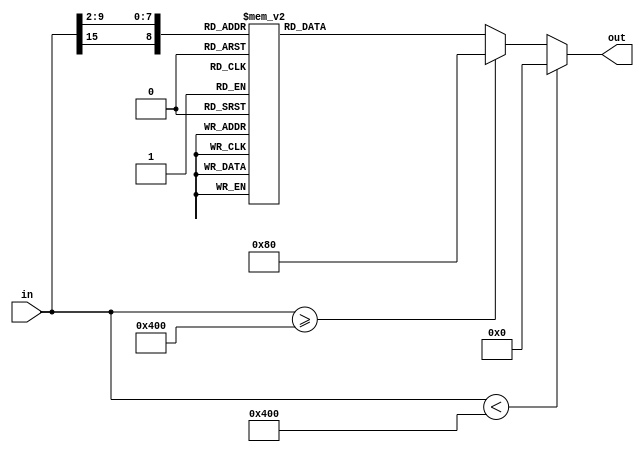
// This program was cloned from: https://github.com/VeriGOOD-ML/public
// License: Apache License 2.0

`timescale 1ns/1ps
module sigmoid(
	in,
	out
);

	parameter dataLen = 16;
	parameter indexLen = 9;
	parameter fracLen = 7;

	input signed [dataLen - 1 : 0] in;
	output reg [dataLen - 1 : 0] out;
	reg [indexLen - 1 :0] index;

	always @(in)
	begin
		out = 0;
		if (in < -(8 << 7)) begin
			out = 0;
		end else if (in >= (8 << 7)) begin
			out = 1 << 7;
		end else begin
		index[8]	= in[15];
		index[7:5]	= in[9:7];
		index[4:0]	= in[6:2];
		case(index)
			9'd256: out = 16'b0000000000000000; // input=-8.0, output=0.000335350130466
			9'd257: out = 16'b0000000000000000; // input=-7.96875, output=0.000345991603178
			9'd258: out = 16'b0000000000000000; // input=-7.9375, output=0.000356970635038
			9'd259: out = 16'b0000000000000000; // input=-7.90625, output=0.000368297926016
			9'd260: out = 16'b0000000000000000; // input=-7.875, output=0.000379984514752
			9'd261: out = 16'b0000000000000000; // input=-7.84375, output=0.000392041789238
			9'd262: out = 16'b0000000000000000; // input=-7.8125, output=0.000404481497842
			9'd263: out = 16'b0000000000000000; // input=-7.78125, output=0.000417315760678
			9'd264: out = 16'b0000000000000000; // input=-7.75, output=0.000430557081325
			9'd265: out = 16'b0000000000000000; // input=-7.71875, output=0.000444218358921
			9'd266: out = 16'b0000000000000000; // input=-7.6875, output=0.000458312900635
			9'd267: out = 16'b0000000000000000; // input=-7.65625, output=0.00047285443452
			9'd268: out = 16'b0000000000000000; // input=-7.625, output=0.000487857122782
			9'd269: out = 16'b0000000000000000; // input=-7.59375, output=0.000503335575453
			9'd270: out = 16'b0000000000000000; // input=-7.5625, output=0.000519304864495
			9'd271: out = 16'b0000000000000000; // input=-7.53125, output=0.000535780538347
			9'd272: out = 16'b0000000000000000; // input=-7.5, output=0.000552778636924
			9'd273: out = 16'b0000000000000000; // input=-7.46875, output=0.000570315707078
			9'd274: out = 16'b0000000000000000; // input=-7.4375, output=0.000588408818557
			9'd275: out = 16'b0000000000000000; // input=-7.40625, output=0.000607075580442
			9'd276: out = 16'b0000000000000000; // input=-7.375, output=0.000626334158109
			9'd277: out = 16'b0000000000000000; // input=-7.34375, output=0.00064620329072
			9'd278: out = 16'b0000000000000000; // input=-7.3125, output=0.000666702309244
			9'd279: out = 16'b0000000000000000; // input=-7.28125, output=0.000687851155055
			9'd280: out = 16'b0000000000000000; // input=-7.25, output=0.000709670399101
			9'd281: out = 16'b0000000000000000; // input=-7.21875, output=0.000732181261661
			9'd282: out = 16'b0000000000000000; // input=-7.1875, output=0.00075540563273
			9'd283: out = 16'b0000000000000000; // input=-7.15625, output=0.000779366093021
			9'd284: out = 16'b0000000000000000; // input=-7.125, output=0.000804085935629
			9'd285: out = 16'b0000000000000000; // input=-7.09375, output=0.000829589188359
			9'd286: out = 16'b0000000000000000; // input=-7.0625, output=0.000855900636745
			9'd287: out = 16'b0000000000000000; // input=-7.03125, output=0.000883045847785
			9'd288: out = 16'b0000000000000000; // input=-7.0, output=0.000911051194401
			9'd289: out = 16'b0000000000000000; // input=-6.96875, output=0.000939943880663
			9'd290: out = 16'b0000000000000000; // input=-6.9375, output=0.000969751967783
			9'd291: out = 16'b0000000000000000; // input=-6.90625, output=0.00100050440091
			9'd292: out = 16'b0000000000000000; // input=-6.875, output=0.00103223103675
			9'd293: out = 16'b0000000000000000; // input=-6.84375, output=0.00106496267206
			9'd294: out = 16'b0000000000000000; // input=-6.8125, output=0.00109873107292
			9'd295: out = 16'b0000000000000000; // input=-6.78125, output=0.00113356900509
			9'd296: out = 16'b0000000000000000; // input=-6.75, output=0.00116951026506
			9'd297: out = 16'b0000000000000000; // input=-6.71875, output=0.00120658971225
			9'd298: out = 16'b0000000000000000; // input=-6.6875, output=0.00124484330209
			9'd299: out = 16'b0000000000000000; // input=-6.65625, output=0.00128430812013
			9'd300: out = 16'b0000000000000000; // input=-6.625, output=0.00132502241721
			9'd301: out = 16'b0000000000000000; // input=-6.59375, output=0.00136702564566
			9'd302: out = 16'b0000000000000000; // input=-6.5625, output=0.00141035849662
			9'd303: out = 16'b0000000000000000; // input=-6.53125, output=0.00145506293853
			9'd304: out = 16'b0000000000000000; // input=-6.5, output=0.00150118225674
			9'd305: out = 16'b0000000000000000; // input=-6.46875, output=0.00154876109429
			9'd306: out = 16'b0000000000000000; // input=-6.4375, output=0.00159784549402
			9'd307: out = 16'b0000000000000000; // input=-6.40625, output=0.00164848294185
			9'd308: out = 16'b0000000000000000; // input=-6.375, output=0.00170072241144
			9'd309: out = 16'b0000000000000000; // input=-6.34375, output=0.0017546144101
			9'd310: out = 16'b0000000000000000; // input=-6.3125, output=0.0018102110262
			9'd311: out = 16'b0000000000000000; // input=-6.28125, output=0.00186756597789
			9'd312: out = 16'b0000000000000000; // input=-6.25, output=0.00192673466333
			9'd313: out = 16'b0000000000000000; // input=-6.21875, output=0.00198777421238
			9'd314: out = 16'b0000000000000000; // input=-6.1875, output=0.00205074353992
			9'd315: out = 16'b0000000000000000; // input=-6.15625, output=0.00211570340059
			9'd316: out = 16'b0000000000000000; // input=-6.125, output=0.00218271644535
			9'd317: out = 16'b0000000000000000; // input=-6.09375, output=0.0022518472795
			9'd318: out = 16'b0000000000000000; // input=-6.0625, output=0.00232316252263
			9'd319: out = 16'b0000000000000000; // input=-6.03125, output=0.00239673087013
			9'd320: out = 16'b0000000000000000; // input=-6.0, output=0.00247262315663
			9'd321: out = 16'b0000000000000000; // input=-5.96875, output=0.00255091242129
			9'd322: out = 16'b0000000000000000; // input=-5.9375, output=0.00263167397488
			9'd323: out = 16'b0000000000000000; // input=-5.90625, output=0.00271498546901
			9'd324: out = 16'b0000000000000000; // input=-5.875, output=0.00280092696712
			9'd325: out = 16'b0000000000000000; // input=-5.84375, output=0.00288958101777
			9'd326: out = 16'b0000000000000000; // input=-5.8125, output=0.00298103272985
			9'd327: out = 16'b0000000000000000; // input=-5.78125, output=0.00307536985005
			9'd328: out = 16'b0000000000000000; // input=-5.75, output=0.00317268284249
			9'd329: out = 16'b0000000000000000; // input=-5.71875, output=0.00327306497067
			9'd330: out = 16'b0000000000000000; // input=-5.6875, output=0.00337661238174
			9'd331: out = 16'b0000000000000000; // input=-5.65625, output=0.00348342419308
			9'd332: out = 16'b0000000000000000; // input=-5.625, output=0.00359360258142
			9'd333: out = 16'b0000000000000000; // input=-5.59375, output=0.00370725287439
			9'd334: out = 16'b0000000000000000; // input=-5.5625, output=0.00382448364464
			9'd335: out = 16'b0000000000000001; // input=-5.53125, output=0.0039454068066
			9'd336: out = 16'b0000000000000001; // input=-5.5, output=0.0040701377159
			9'd337: out = 16'b0000000000000001; // input=-5.46875, output=0.00419879527147
			9'd338: out = 16'b0000000000000001; // input=-5.4375, output=0.00433150202056
			9'd339: out = 16'b0000000000000001; // input=-5.40625, output=0.00446838426649
			9'd340: out = 16'b0000000000000001; // input=-5.375, output=0.00460957217937
			9'd341: out = 16'b0000000000000001; // input=-5.34375, output=0.00475519990983
			9'd342: out = 16'b0000000000000001; // input=-5.3125, output=0.00490540570572
			9'd343: out = 16'b0000000000000001; // input=-5.28125, output=0.00506033203197
			9'd344: out = 16'b0000000000000001; // input=-5.25, output=0.00522012569356
			9'd345: out = 16'b0000000000000001; // input=-5.21875, output=0.00538493796178
			9'd346: out = 16'b0000000000000001; // input=-5.1875, output=0.00555492470369
			9'd347: out = 16'b0000000000000001; // input=-5.15625, output=0.00573024651499
			9'd348: out = 16'b0000000000000001; // input=-5.125, output=0.00591106885624
			9'd349: out = 16'b0000000000000001; // input=-5.09375, output=0.00609756219258
			9'd350: out = 16'b0000000000000001; // input=-5.0625, output=0.00628990213689
			9'd351: out = 16'b0000000000000001; // input=-5.03125, output=0.00648826959666
			9'd352: out = 16'b0000000000000001; // input=-5.0, output=0.00669285092428
			9'd353: out = 16'b0000000000000001; // input=-4.96875, output=0.00690383807122
			9'd354: out = 16'b0000000000000001; // input=-4.9375, output=0.00712142874574
			9'd355: out = 16'b0000000000000001; // input=-4.90625, output=0.00734582657448
			9'd356: out = 16'b0000000000000001; // input=-4.875, output=0.00757724126786
			9'd357: out = 16'b0000000000000001; // input=-4.84375, output=0.00781588878929
			9'd358: out = 16'b0000000000000001; // input=-4.8125, output=0.00806199152827
			9'd359: out = 16'b0000000000000001; // input=-4.78125, output=0.00831577847747
			9'd360: out = 16'b0000000000000001; // input=-4.75, output=0.00857748541371
			9'd361: out = 16'b0000000000000001; // input=-4.71875, output=0.00884735508293
			9'd362: out = 16'b0000000000000001; // input=-4.6875, output=0.00912563738918
			9'd363: out = 16'b0000000000000001; // input=-4.65625, output=0.00941258958761
			9'd364: out = 16'b0000000000000001; // input=-4.625, output=0.00970847648147
			9'd365: out = 16'b0000000000000001; // input=-4.59375, output=0.0100135706232
			9'd366: out = 16'b0000000000000001; // input=-4.5625, output=0.0103281525193
			9'd367: out = 16'b0000000000000001; // input=-4.53125, output=0.0106525108397
			9'd368: out = 16'b0000000000000001; // input=-4.5, output=0.0109869426306
			9'd369: out = 16'b0000000000000001; // input=-4.46875, output=0.0113317535314
			9'd370: out = 16'b0000000000000001; // input=-4.4375, output=0.0116872579957
			9'd371: out = 16'b0000000000000010; // input=-4.40625, output=0.0120537795162
			9'd372: out = 16'b0000000000000010; // input=-4.375, output=0.0124316508532
			9'd373: out = 16'b0000000000000010; // input=-4.34375, output=0.0128212142666
			9'd374: out = 16'b0000000000000010; // input=-4.3125, output=0.0132228217523
			9'd375: out = 16'b0000000000000010; // input=-4.28125, output=0.0136368352814
			9'd376: out = 16'b0000000000000010; // input=-4.25, output=0.0140636270432
			9'd377: out = 16'b0000000000000010; // input=-4.21875, output=0.0145035796914
			9'd378: out = 16'b0000000000000010; // input=-4.1875, output=0.0149570865931
			9'd379: out = 16'b0000000000000010; // input=-4.15625, output=0.0154245520818
			9'd380: out = 16'b0000000000000010; // input=-4.125, output=0.0159063917118
			9'd381: out = 16'b0000000000000010; // input=-4.09375, output=0.0164030325162
			9'd382: out = 16'b0000000000000010; // input=-4.0625, output=0.0169149132667
			9'd383: out = 16'b0000000000000010; // input=-4.03125, output=0.0174424847362
			9'd384: out = 16'b0000000000000010; // input=-4.0, output=0.0179862099621
			9'd385: out = 16'b0000000000000010; // input=-3.96875, output=0.0185465645121
			9'd386: out = 16'b0000000000000010; // input=-3.9375, output=0.0191240367509
			9'd387: out = 16'b0000000000000011; // input=-3.90625, output=0.0197191281073
			9'd388: out = 16'b0000000000000011; // input=-3.875, output=0.0203323533427
			9'd389: out = 16'b0000000000000011; // input=-3.84375, output=0.0209642408181
			9'd390: out = 16'b0000000000000011; // input=-3.8125, output=0.0216153327626
			9'd391: out = 16'b0000000000000011; // input=-3.78125, output=0.0222861855392
			9'd392: out = 16'b0000000000000011; // input=-3.75, output=0.02297736991
			9'd393: out = 16'b0000000000000011; // input=-3.71875, output=0.0236894712994
			9'd394: out = 16'b0000000000000011; // input=-3.6875, output=0.0244230900541
			9'd395: out = 16'b0000000000000011; // input=-3.65625, output=0.0251788417006
			9'd396: out = 16'b0000000000000011; // input=-3.625, output=0.0259573571978
			9'd397: out = 16'b0000000000000011; // input=-3.59375, output=0.0267592831854
			9'd398: out = 16'b0000000000000100; // input=-3.5625, output=0.0275852822268
			9'd399: out = 16'b0000000000000100; // input=-3.53125, output=0.0284360330449
			9'd400: out = 16'b0000000000000100; // input=-3.5, output=0.0293122307514
			9'd401: out = 16'b0000000000000100; // input=-3.46875, output=0.0302145870674
			9'd402: out = 16'b0000000000000100; // input=-3.4375, output=0.0311438305348
			9'd403: out = 16'b0000000000000100; // input=-3.40625, output=0.032100706717
			9'd404: out = 16'b0000000000000100; // input=-3.375, output=0.0330859783887
			9'd405: out = 16'b0000000000000100; // input=-3.34375, output=0.0341004257123
			9'd406: out = 16'b0000000000000100; // input=-3.3125, output=0.0351448464008
			9'd407: out = 16'b0000000000000101; // input=-3.28125, output=0.036220055865
			9'd408: out = 16'b0000000000000101; // input=-3.25, output=0.0373268873441
			9'd409: out = 16'b0000000000000101; // input=-3.21875, output=0.0384661920183
			9'd410: out = 16'b0000000000000101; // input=-3.1875, output=0.039638839101
			9'd411: out = 16'b0000000000000101; // input=-3.15625, output=0.0408457159099
			9'd412: out = 16'b0000000000000101; // input=-3.125, output=0.0420877279156
			9'd413: out = 16'b0000000000000110; // input=-3.09375, output=0.0433657987639
			9'd414: out = 16'b0000000000000110; // input=-3.0625, output=0.0446808702727
			9'd415: out = 16'b0000000000000110; // input=-3.03125, output=0.0460339023992
			9'd416: out = 16'b0000000000000110; // input=-3.0, output=0.0474258731776
			9'd417: out = 16'b0000000000000110; // input=-2.96875, output=0.0488577786222
			9'd418: out = 16'b0000000000000110; // input=-2.9375, output=0.0503306325975
			9'd419: out = 16'b0000000000000111; // input=-2.90625, output=0.0518454666498
			9'd420: out = 16'b0000000000000111; // input=-2.875, output=0.0534033297998
			9'd421: out = 16'b0000000000000111; // input=-2.84375, output=0.0550052882935
			9'd422: out = 16'b0000000000000111; // input=-2.8125, output=0.056652425308
			9'd423: out = 16'b0000000000000111; // input=-2.78125, output=0.0583458406117
			9'd424: out = 16'b0000000000001000; // input=-2.75, output=0.060086650174
			9'd425: out = 16'b0000000000001000; // input=-2.71875, output=0.0618759857236
			9'd426: out = 16'b0000000000001000; // input=-2.6875, output=0.063714994252
			9'd427: out = 16'b0000000000001000; // input=-2.65625, output=0.0656048374591
			9'd428: out = 16'b0000000000001001; // input=-2.625, output=0.0675466911396
			9'd429: out = 16'b0000000000001001; // input=-2.59375, output=0.0695417445058
			9'd430: out = 16'b0000000000001001; // input=-2.5625, output=0.0715911994446
			9'd431: out = 16'b0000000000001001; // input=-2.53125, output=0.073696269706
			9'd432: out = 16'b0000000000001010; // input=-2.5, output=0.0758581800212
			9'd433: out = 16'b0000000000001010; // input=-2.46875, output=0.078078165145
			9'd434: out = 16'b0000000000001010; // input=-2.4375, output=0.0803574688222
			9'd435: out = 16'b0000000000001011; // input=-2.40625, output=0.082697342675
			9'd436: out = 16'b0000000000001011; // input=-2.375, output=0.085099045007
			9'd437: out = 16'b0000000000001011; // input=-2.34375, output=0.0875638395231
			9'd438: out = 16'b0000000000001100; // input=-2.3125, output=0.090092993962
			9'd439: out = 16'b0000000000001100; // input=-2.28125, output=0.0926877786394
			9'd440: out = 16'b0000000000001100; // input=-2.25, output=0.0953494648991
			9'd441: out = 16'b0000000000001101; // input=-2.21875, output=0.0980793234705
			9'd442: out = 16'b0000000000001101; // input=-2.1875, output=0.10087862273
			9'd443: out = 16'b0000000000001101; // input=-2.15625, output=0.103748626866
			9'd444: out = 16'b0000000000001110; // input=-2.125, output=0.106690593946
			9'd445: out = 16'b0000000000001110; // input=-2.09375, output=0.109705773878
			9'd446: out = 16'b0000000000001110; // input=-2.0625, output=0.112795406283
			9'd447: out = 16'b0000000000001111; // input=-2.03125, output=0.115960718254
			9'd448: out = 16'b0000000000001111; // input=-2.0, output=0.119202922022
			9'd449: out = 16'b0000000000010000; // input=-1.96875, output=0.122523212518
			9'd450: out = 16'b0000000000010000; // input=-1.9375, output=0.125922764835
			9'd451: out = 16'b0000000000010001; // input=-1.90625, output=0.129402731592
			9'd452: out = 16'b0000000000010001; // input=-1.875, output=0.132964240198
			9'd453: out = 16'b0000000000010001; // input=-1.84375, output=0.136608390026
			9'd454: out = 16'b0000000000010010; // input=-1.8125, output=0.14033624949
			9'd455: out = 16'b0000000000010010; // input=-1.78125, output=0.144148853033
			9'd456: out = 16'b0000000000010011; // input=-1.75, output=0.148047198032
			9'd457: out = 16'b0000000000010011; // input=-1.71875, output=0.152032241622
			9'd458: out = 16'b0000000000010100; // input=-1.6875, output=0.156104897445
			9'd459: out = 16'b0000000000010101; // input=-1.65625, output=0.160266032328
			9'd460: out = 16'b0000000000010101; // input=-1.625, output=0.164516462897
			9'd461: out = 16'b0000000000010110; // input=-1.59375, output=0.168856952142
			9'd462: out = 16'b0000000000010110; // input=-1.5625, output=0.173288205929
			9'd463: out = 16'b0000000000010111; // input=-1.53125, output=0.177810869478
			9'd464: out = 16'b0000000000010111; // input=-1.5, output=0.182425523806
			9'd465: out = 16'b0000000000011000; // input=-1.46875, output=0.187132682162
			9'd466: out = 16'b0000000000011001; // input=-1.4375, output=0.191932786447
			9'd467: out = 16'b0000000000011001; // input=-1.40625, output=0.196826203643
			9'd468: out = 16'b0000000000011010; // input=-1.375, output=0.20181322226
			9'd469: out = 16'b0000000000011010; // input=-1.34375, output=0.206894048816
			9'd470: out = 16'b0000000000011011; // input=-1.3125, output=0.212068804357
			9'd471: out = 16'b0000000000011100; // input=-1.28125, output=0.217337521047
			9'd472: out = 16'b0000000000011101; // input=-1.25, output=0.222700138825
			9'd473: out = 16'b0000000000011101; // input=-1.21875, output=0.228156502161
			9'd474: out = 16'b0000000000011110; // input=-1.1875, output=0.233706356914
			9'd475: out = 16'b0000000000011111; // input=-1.15625, output=0.239349347323
			9'd476: out = 16'b0000000000011111; // input=-1.125, output=0.245085013132
			9'd477: out = 16'b0000000000100000; // input=-1.09375, output=0.250912786885
			9'd478: out = 16'b0000000000100001; // input=-1.0625, output=0.256831991388
			9'd479: out = 16'b0000000000100010; // input=-1.03125, output=0.262841837371
			9'd480: out = 16'b0000000000100010; // input=-1.0, output=0.26894142137
			9'd481: out = 16'b0000000000100011; // input=-0.96875, output=0.275129723823
			9'd482: out = 16'b0000000000100100; // input=-0.9375, output=0.281405607429
			9'd483: out = 16'b0000000000100101; // input=-0.90625, output=0.287767815761
			9'd484: out = 16'b0000000000100110; // input=-0.875, output=0.294214972163
			9'd485: out = 16'b0000000000100110; // input=-0.84375, output=0.300745578941
			9'd486: out = 16'b0000000000100111; // input=-0.8125, output=0.307358016865
			9'd487: out = 16'b0000000000101000; // input=-0.78125, output=0.314050544992
			9'd488: out = 16'b0000000000101001; // input=-0.75, output=0.320821300825
			9'd489: out = 16'b0000000000101010; // input=-0.71875, output=0.327668300821
			9'd490: out = 16'b0000000000101011; // input=-0.6875, output=0.334589441253
			9'd491: out = 16'b0000000000101100; // input=-0.65625, output=0.341582499438
			9'd492: out = 16'b0000000000101101; // input=-0.625, output=0.348645135334
			9'd493: out = 16'b0000000000101110; // input=-0.59375, output=0.355774893514
			9'd494: out = 16'b0000000000101110; // input=-0.5625, output=0.36296920552
			9'd495: out = 16'b0000000000101111; // input=-0.53125, output=0.370225392596
			9'd496: out = 16'b0000000000110000; // input=-0.5, output=0.377540668798
			9'd497: out = 16'b0000000000110001; // input=-0.46875, output=0.384912144484
			9'd498: out = 16'b0000000000110010; // input=-0.4375, output=0.392336830167
			9'd499: out = 16'b0000000000110011; // input=-0.40625, output=0.39981164074
			9'd500: out = 16'b0000000000110100; // input=-0.375, output=0.407333400046
			9'd501: out = 16'b0000000000110101; // input=-0.34375, output=0.414898845797
			9'd502: out = 16'b0000000000110110; // input=-0.3125, output=0.422504634814
			9'd503: out = 16'b0000000000110111; // input=-0.28125, output=0.430147348586
			9'd504: out = 16'b0000000000111000; // input=-0.25, output=0.437823499114
			9'd505: out = 16'b0000000000111001; // input=-0.21875, output=0.44552953504
			9'd506: out = 16'b0000000000111010; // input=-0.1875, output=0.453261848015
			9'd507: out = 16'b0000000000111011; // input=-0.15625, output=0.461016779312
			9'd508: out = 16'b0000000000111100; // input=-0.125, output=0.468790626626
			9'd509: out = 16'b0000000000111101; // input=-0.09375, output=0.476579651064
			9'd510: out = 16'b0000000000111110; // input=-0.0625, output=0.484380084277
			9'd511: out = 16'b0000000000111111; // input=-0.03125, output=0.492188135721
			9'd0: out = 16'b0000000001000000; // input=0.0, output=0.5
			9'd1: out = 16'b0000000001000001; // input=0.03125, output=0.507811864279
			9'd2: out = 16'b0000000001000010; // input=0.0625, output=0.515619915723
			9'd3: out = 16'b0000000001000011; // input=0.09375, output=0.523420348936
			9'd4: out = 16'b0000000001000100; // input=0.125, output=0.531209373374
			9'd5: out = 16'b0000000001000101; // input=0.15625, output=0.538983220688
			9'd6: out = 16'b0000000001000110; // input=0.1875, output=0.546738151985
			9'd7: out = 16'b0000000001000111; // input=0.21875, output=0.55447046496
			9'd8: out = 16'b0000000001001000; // input=0.25, output=0.562176500886
			9'd9: out = 16'b0000000001001001; // input=0.28125, output=0.569852651414
			9'd10: out = 16'b0000000001001010; // input=0.3125, output=0.577495365186
			9'd11: out = 16'b0000000001001011; // input=0.34375, output=0.585101154203
			9'd12: out = 16'b0000000001001100; // input=0.375, output=0.592666599954
			9'd13: out = 16'b0000000001001101; // input=0.40625, output=0.60018835926
			9'd14: out = 16'b0000000001001110; // input=0.4375, output=0.607663169833
			9'd15: out = 16'b0000000001001111; // input=0.46875, output=0.615087855516
			9'd16: out = 16'b0000000001010000; // input=0.5, output=0.622459331202
			9'd17: out = 16'b0000000001010001; // input=0.53125, output=0.629774607404
			9'd18: out = 16'b0000000001010010; // input=0.5625, output=0.63703079448
			9'd19: out = 16'b0000000001010010; // input=0.59375, output=0.644225106486
			9'd20: out = 16'b0000000001010011; // input=0.625, output=0.651354864666
			9'd21: out = 16'b0000000001010100; // input=0.65625, output=0.658417500562
			9'd22: out = 16'b0000000001010101; // input=0.6875, output=0.665410558747
			9'd23: out = 16'b0000000001010110; // input=0.71875, output=0.672331699179
			9'd24: out = 16'b0000000001010111; // input=0.75, output=0.679178699175
			9'd25: out = 16'b0000000001011000; // input=0.78125, output=0.685949455008
			9'd26: out = 16'b0000000001011001; // input=0.8125, output=0.692641983135
			9'd27: out = 16'b0000000001011010; // input=0.84375, output=0.699254421059
			9'd28: out = 16'b0000000001011010; // input=0.875, output=0.705785027837
			9'd29: out = 16'b0000000001011011; // input=0.90625, output=0.712232184239
			9'd30: out = 16'b0000000001011100; // input=0.9375, output=0.718594392571
			9'd31: out = 16'b0000000001011101; // input=0.96875, output=0.724870276177
			9'd32: out = 16'b0000000001011110; // input=1.0, output=0.73105857863
			9'd33: out = 16'b0000000001011110; // input=1.03125, output=0.737158162629
			9'd34: out = 16'b0000000001011111; // input=1.0625, output=0.743168008612
			9'd35: out = 16'b0000000001100000; // input=1.09375, output=0.749087213115
			9'd36: out = 16'b0000000001100001; // input=1.125, output=0.754914986868
			9'd37: out = 16'b0000000001100001; // input=1.15625, output=0.760650652677
			9'd38: out = 16'b0000000001100010; // input=1.1875, output=0.766293643086
			9'd39: out = 16'b0000000001100011; // input=1.21875, output=0.771843497839
			9'd40: out = 16'b0000000001100011; // input=1.25, output=0.777299861175
			9'd41: out = 16'b0000000001100100; // input=1.28125, output=0.782662478953
			9'd42: out = 16'b0000000001100101; // input=1.3125, output=0.787931195643
			9'd43: out = 16'b0000000001100110; // input=1.34375, output=0.793105951184
			9'd44: out = 16'b0000000001100110; // input=1.375, output=0.79818677774
			9'd45: out = 16'b0000000001100111; // input=1.40625, output=0.803173796357
			9'd46: out = 16'b0000000001100111; // input=1.4375, output=0.808067213553
			9'd47: out = 16'b0000000001101000; // input=1.46875, output=0.812867317838
			9'd48: out = 16'b0000000001101001; // input=1.5, output=0.817574476194
			9'd49: out = 16'b0000000001101001; // input=1.53125, output=0.822189130522
			9'd50: out = 16'b0000000001101010; // input=1.5625, output=0.826711794071
			9'd51: out = 16'b0000000001101010; // input=1.59375, output=0.831143047858
			9'd52: out = 16'b0000000001101011; // input=1.625, output=0.835483537103
			9'd53: out = 16'b0000000001101011; // input=1.65625, output=0.839733967672
			9'd54: out = 16'b0000000001101100; // input=1.6875, output=0.843895102555
			9'd55: out = 16'b0000000001101101; // input=1.71875, output=0.847967758378
			9'd56: out = 16'b0000000001101101; // input=1.75, output=0.851952801968
			9'd57: out = 16'b0000000001101110; // input=1.78125, output=0.855851146967
			9'd58: out = 16'b0000000001101110; // input=1.8125, output=0.85966375051
			9'd59: out = 16'b0000000001101111; // input=1.84375, output=0.863391609974
			9'd60: out = 16'b0000000001101111; // input=1.875, output=0.867035759802
			9'd61: out = 16'b0000000001101111; // input=1.90625, output=0.870597268408
			9'd62: out = 16'b0000000001110000; // input=1.9375, output=0.874077235165
			9'd63: out = 16'b0000000001110000; // input=1.96875, output=0.877476787482
			9'd64: out = 16'b0000000001110001; // input=2.0, output=0.880797077978
			9'd65: out = 16'b0000000001110001; // input=2.03125, output=0.884039281746
			9'd66: out = 16'b0000000001110010; // input=2.0625, output=0.887204593717
			9'd67: out = 16'b0000000001110010; // input=2.09375, output=0.890294226122
			9'd68: out = 16'b0000000001110010; // input=2.125, output=0.893309406054
			9'd69: out = 16'b0000000001110011; // input=2.15625, output=0.896251373134
			9'd70: out = 16'b0000000001110011; // input=2.1875, output=0.89912137727
			9'd71: out = 16'b0000000001110011; // input=2.21875, output=0.90192067653
			9'd72: out = 16'b0000000001110100; // input=2.25, output=0.904650535101
			9'd73: out = 16'b0000000001110100; // input=2.28125, output=0.907312221361
			9'd74: out = 16'b0000000001110100; // input=2.3125, output=0.909907006038
			9'd75: out = 16'b0000000001110101; // input=2.34375, output=0.912436160477
			9'd76: out = 16'b0000000001110101; // input=2.375, output=0.914900954993
			9'd77: out = 16'b0000000001110101; // input=2.40625, output=0.917302657325
			9'd78: out = 16'b0000000001110110; // input=2.4375, output=0.919642531178
			9'd79: out = 16'b0000000001110110; // input=2.46875, output=0.921921834855
			9'd80: out = 16'b0000000001110110; // input=2.5, output=0.924141819979
			9'd81: out = 16'b0000000001110111; // input=2.53125, output=0.926303730294
			9'd82: out = 16'b0000000001110111; // input=2.5625, output=0.928408800555
			9'd83: out = 16'b0000000001110111; // input=2.59375, output=0.930458255494
			9'd84: out = 16'b0000000001110111; // input=2.625, output=0.93245330886
			9'd85: out = 16'b0000000001111000; // input=2.65625, output=0.934395162541
			9'd86: out = 16'b0000000001111000; // input=2.6875, output=0.936285005748
			9'd87: out = 16'b0000000001111000; // input=2.71875, output=0.938124014276
			9'd88: out = 16'b0000000001111000; // input=2.75, output=0.939913349826
			9'd89: out = 16'b0000000001111001; // input=2.78125, output=0.941654159388
			9'd90: out = 16'b0000000001111001; // input=2.8125, output=0.943347574692
			9'd91: out = 16'b0000000001111001; // input=2.84375, output=0.944994711707
			9'd92: out = 16'b0000000001111001; // input=2.875, output=0.9465966702
			9'd93: out = 16'b0000000001111001; // input=2.90625, output=0.94815453335
			9'd94: out = 16'b0000000001111010; // input=2.9375, output=0.949669367403
			9'd95: out = 16'b0000000001111010; // input=2.96875, output=0.951142221378
			9'd96: out = 16'b0000000001111010; // input=3.0, output=0.952574126822
			9'd97: out = 16'b0000000001111010; // input=3.03125, output=0.953966097601
			9'd98: out = 16'b0000000001111010; // input=3.0625, output=0.955319129727
			9'd99: out = 16'b0000000001111010; // input=3.09375, output=0.956634201236
			9'd100: out = 16'b0000000001111011; // input=3.125, output=0.957912272084
			9'd101: out = 16'b0000000001111011; // input=3.15625, output=0.95915428409
			9'd102: out = 16'b0000000001111011; // input=3.1875, output=0.960361160899
			9'd103: out = 16'b0000000001111011; // input=3.21875, output=0.961533807982
			9'd104: out = 16'b0000000001111011; // input=3.25, output=0.962673112656
			9'd105: out = 16'b0000000001111011; // input=3.28125, output=0.963779944135
			9'd106: out = 16'b0000000001111100; // input=3.3125, output=0.964855153599
			9'd107: out = 16'b0000000001111100; // input=3.34375, output=0.965899574288
			9'd108: out = 16'b0000000001111100; // input=3.375, output=0.966914021611
			9'd109: out = 16'b0000000001111100; // input=3.40625, output=0.967899293283
			9'd110: out = 16'b0000000001111100; // input=3.4375, output=0.968856169465
			9'd111: out = 16'b0000000001111100; // input=3.46875, output=0.969785412933
			9'd112: out = 16'b0000000001111100; // input=3.5, output=0.970687769249
			9'd113: out = 16'b0000000001111100; // input=3.53125, output=0.971563966955
			9'd114: out = 16'b0000000001111100; // input=3.5625, output=0.972414717773
			9'd115: out = 16'b0000000001111101; // input=3.59375, output=0.973240716815
			9'd116: out = 16'b0000000001111101; // input=3.625, output=0.974042642802
			9'd117: out = 16'b0000000001111101; // input=3.65625, output=0.974821158299
			9'd118: out = 16'b0000000001111101; // input=3.6875, output=0.975576909946
			9'd119: out = 16'b0000000001111101; // input=3.71875, output=0.976310528701
			9'd120: out = 16'b0000000001111101; // input=3.75, output=0.97702263009
			9'd121: out = 16'b0000000001111101; // input=3.78125, output=0.977713814461
			9'd122: out = 16'b0000000001111101; // input=3.8125, output=0.978384667237
			9'd123: out = 16'b0000000001111101; // input=3.84375, output=0.979035759182
			9'd124: out = 16'b0000000001111101; // input=3.875, output=0.979667646657
			9'd125: out = 16'b0000000001111101; // input=3.90625, output=0.980280871893
			9'd126: out = 16'b0000000001111110; // input=3.9375, output=0.980875963249
			9'd127: out = 16'b0000000001111110; // input=3.96875, output=0.981453435488
			9'd128: out = 16'b0000000001111110; // input=4.0, output=0.982013790038
			9'd129: out = 16'b0000000001111110; // input=4.03125, output=0.982557515264
			9'd130: out = 16'b0000000001111110; // input=4.0625, output=0.983085086733
			9'd131: out = 16'b0000000001111110; // input=4.09375, output=0.983596967484
			9'd132: out = 16'b0000000001111110; // input=4.125, output=0.984093608288
			9'd133: out = 16'b0000000001111110; // input=4.15625, output=0.984575447918
			9'd134: out = 16'b0000000001111110; // input=4.1875, output=0.985042913407
			9'd135: out = 16'b0000000001111110; // input=4.21875, output=0.985496420309
			9'd136: out = 16'b0000000001111110; // input=4.25, output=0.985936372957
			9'd137: out = 16'b0000000001111110; // input=4.28125, output=0.986363164719
			9'd138: out = 16'b0000000001111110; // input=4.3125, output=0.986777178248
			9'd139: out = 16'b0000000001111110; // input=4.34375, output=0.987178785733
			9'd140: out = 16'b0000000001111110; // input=4.375, output=0.987568349147
			9'd141: out = 16'b0000000001111110; // input=4.40625, output=0.987946220484
			9'd142: out = 16'b0000000001111111; // input=4.4375, output=0.988312742004
			9'd143: out = 16'b0000000001111111; // input=4.46875, output=0.988668246469
			9'd144: out = 16'b0000000001111111; // input=4.5, output=0.989013057369
			9'd145: out = 16'b0000000001111111; // input=4.53125, output=0.98934748916
			9'd146: out = 16'b0000000001111111; // input=4.5625, output=0.989671847481
			9'd147: out = 16'b0000000001111111; // input=4.59375, output=0.989986429377
			9'd148: out = 16'b0000000001111111; // input=4.625, output=0.990291523519
			9'd149: out = 16'b0000000001111111; // input=4.65625, output=0.990587410412
			9'd150: out = 16'b0000000001111111; // input=4.6875, output=0.990874362611
			9'd151: out = 16'b0000000001111111; // input=4.71875, output=0.991152644917
			9'd152: out = 16'b0000000001111111; // input=4.75, output=0.991422514586
			9'd153: out = 16'b0000000001111111; // input=4.78125, output=0.991684221523
			9'd154: out = 16'b0000000001111111; // input=4.8125, output=0.991938008472
			9'd155: out = 16'b0000000001111111; // input=4.84375, output=0.992184111211
			9'd156: out = 16'b0000000001111111; // input=4.875, output=0.992422758732
			9'd157: out = 16'b0000000001111111; // input=4.90625, output=0.992654173426
			9'd158: out = 16'b0000000001111111; // input=4.9375, output=0.992878571254
			9'd159: out = 16'b0000000001111111; // input=4.96875, output=0.993096161929
			9'd160: out = 16'b0000000001111111; // input=5.0, output=0.993307149076
			9'd161: out = 16'b0000000001111111; // input=5.03125, output=0.993511730403
			9'd162: out = 16'b0000000001111111; // input=5.0625, output=0.993710097863
			9'd163: out = 16'b0000000001111111; // input=5.09375, output=0.993902437807
			9'd164: out = 16'b0000000001111111; // input=5.125, output=0.994088931144
			9'd165: out = 16'b0000000001111111; // input=5.15625, output=0.994269753485
			9'd166: out = 16'b0000000001111111; // input=5.1875, output=0.994445075296
			9'd167: out = 16'b0000000001111111; // input=5.21875, output=0.994615062038
			9'd168: out = 16'b0000000001111111; // input=5.25, output=0.994779874306
			9'd169: out = 16'b0000000001111111; // input=5.28125, output=0.994939667968
			9'd170: out = 16'b0000000001111111; // input=5.3125, output=0.995094594294
			9'd171: out = 16'b0000000001111111; // input=5.34375, output=0.99524480009
			9'd172: out = 16'b0000000001111111; // input=5.375, output=0.995390427821
			9'd173: out = 16'b0000000001111111; // input=5.40625, output=0.995531615734
			9'd174: out = 16'b0000000001111111; // input=5.4375, output=0.995668497979
			9'd175: out = 16'b0000000001111111; // input=5.46875, output=0.995801204729
			9'd176: out = 16'b0000000001111111; // input=5.5, output=0.995929862284
			9'd177: out = 16'b0000000001111111; // input=5.53125, output=0.996054593193
			9'd178: out = 16'b0000000001111111; // input=5.5625, output=0.996175516355
			9'd179: out = 16'b0000000001111111; // input=5.59375, output=0.996292747126
			9'd180: out = 16'b0000000001111111; // input=5.625, output=0.996406397419
			9'd181: out = 16'b0000000001111111; // input=5.65625, output=0.996516575807
			9'd182: out = 16'b0000000001111111; // input=5.6875, output=0.996623387618
			9'd183: out = 16'b0000000001111111; // input=5.71875, output=0.996726935029
			9'd184: out = 16'b0000000001111111; // input=5.75, output=0.996827317158
			9'd185: out = 16'b0000000001111111; // input=5.78125, output=0.99692463015
			9'd186: out = 16'b0000000001111111; // input=5.8125, output=0.99701896727
			9'd187: out = 16'b0000000001111111; // input=5.84375, output=0.997110418982
			9'd188: out = 16'b0000000001111111; // input=5.875, output=0.997199073033
			9'd189: out = 16'b0000000001111111; // input=5.90625, output=0.997285014531
			9'd190: out = 16'b0000000001111111; // input=5.9375, output=0.997368326025
			9'd191: out = 16'b0000000001111111; // input=5.96875, output=0.997449087579
			9'd192: out = 16'b0000000001111111; // input=6.0, output=0.997527376843
			9'd193: out = 16'b0000000001111111; // input=6.03125, output=0.99760326913
			9'd194: out = 16'b0000000001111111; // input=6.0625, output=0.997676837477
			9'd195: out = 16'b0000000001111111; // input=6.09375, output=0.99774815272
			9'd196: out = 16'b0000000001111111; // input=6.125, output=0.997817283555
			9'd197: out = 16'b0000000001111111; // input=6.15625, output=0.997884296599
			9'd198: out = 16'b0000000001111111; // input=6.1875, output=0.99794925646
			9'd199: out = 16'b0000000001111111; // input=6.21875, output=0.998012225788
			9'd200: out = 16'b0000000001111111; // input=6.25, output=0.998073265337
			9'd201: out = 16'b0000000001111111; // input=6.28125, output=0.998132434022
			9'd202: out = 16'b0000000001111111; // input=6.3125, output=0.998189788974
			9'd203: out = 16'b0000000001111111; // input=6.34375, output=0.99824538559
			9'd204: out = 16'b0000000001111111; // input=6.375, output=0.998299277589
			9'd205: out = 16'b0000000001111111; // input=6.40625, output=0.998351517058
			9'd206: out = 16'b0000000001111111; // input=6.4375, output=0.998402154506
			9'd207: out = 16'b0000000001111111; // input=6.46875, output=0.998451238906
			9'd208: out = 16'b0000000001111111; // input=6.5, output=0.998498817743
			9'd209: out = 16'b0000000001111111; // input=6.53125, output=0.998544937061
			9'd210: out = 16'b0000000001111111; // input=6.5625, output=0.998589641503
			9'd211: out = 16'b0000000001111111; // input=6.59375, output=0.998632974354
			9'd212: out = 16'b0000000001111111; // input=6.625, output=0.998674977583
			9'd213: out = 16'b0000000001111111; // input=6.65625, output=0.99871569188
			9'd214: out = 16'b0000000001111111; // input=6.6875, output=0.998755156698
			9'd215: out = 16'b0000000001111111; // input=6.71875, output=0.998793410288
			9'd216: out = 16'b0000000001111111; // input=6.75, output=0.998830489735
			9'd217: out = 16'b0000000001111111; // input=6.78125, output=0.998866430995
			9'd218: out = 16'b0000000001111111; // input=6.8125, output=0.998901268927
			9'd219: out = 16'b0000000001111111; // input=6.84375, output=0.998935037328
			9'd220: out = 16'b0000000001111111; // input=6.875, output=0.998967768963
			9'd221: out = 16'b0000000001111111; // input=6.90625, output=0.998999495599
			9'd222: out = 16'b0000000001111111; // input=6.9375, output=0.999030248032
			9'd223: out = 16'b0000000001111111; // input=6.96875, output=0.999060056119
			9'd224: out = 16'b0000000001111111; // input=7.0, output=0.999088948806
			9'd225: out = 16'b0000000001111111; // input=7.03125, output=0.999116954152
			9'd226: out = 16'b0000000001111111; // input=7.0625, output=0.999144099363
			9'd227: out = 16'b0000000001111111; // input=7.09375, output=0.999170410812
			9'd228: out = 16'b0000000001111111; // input=7.125, output=0.999195914064
			9'd229: out = 16'b0000000001111111; // input=7.15625, output=0.999220633907
			9'd230: out = 16'b0000000001111111; // input=7.1875, output=0.999244594367
			9'd231: out = 16'b0000000001111111; // input=7.21875, output=0.999267818738
			9'd232: out = 16'b0000000001111111; // input=7.25, output=0.999290329601
			9'd233: out = 16'b0000000001111111; // input=7.28125, output=0.999312148845
			9'd234: out = 16'b0000000001111111; // input=7.3125, output=0.999333297691
			9'd235: out = 16'b0000000001111111; // input=7.34375, output=0.999353796709
			9'd236: out = 16'b0000000001111111; // input=7.375, output=0.999373665842
			9'd237: out = 16'b0000000001111111; // input=7.40625, output=0.99939292442
			9'd238: out = 16'b0000000001111111; // input=7.4375, output=0.999411591181
			9'd239: out = 16'b0000000001111111; // input=7.46875, output=0.999429684293
			9'd240: out = 16'b0000000001111111; // input=7.5, output=0.999447221363
			9'd241: out = 16'b0000000001111111; // input=7.53125, output=0.999464219462
			9'd242: out = 16'b0000000001111111; // input=7.5625, output=0.999480695136
			9'd243: out = 16'b0000000001111111; // input=7.59375, output=0.999496664425
			9'd244: out = 16'b0000000001111111; // input=7.625, output=0.999512142877
			9'd245: out = 16'b0000000001111111; // input=7.65625, output=0.999527145565
			9'd246: out = 16'b0000000001111111; // input=7.6875, output=0.999541687099
			9'd247: out = 16'b0000000001111111; // input=7.71875, output=0.999555781641
			9'd248: out = 16'b0000000001111111; // input=7.75, output=0.999569442919
			9'd249: out = 16'b0000000001111111; // input=7.78125, output=0.999582684239
			9'd250: out = 16'b0000000001111111; // input=7.8125, output=0.999595518502
			9'd251: out = 16'b0000000001111111; // input=7.84375, output=0.999607958211
			9'd252: out = 16'b0000000001111111; // input=7.875, output=0.999620015485
			9'd253: out = 16'b0000000001111111; // input=7.90625, output=0.999631702074
			9'd254: out = 16'b0000000001111111; // input=7.9375, output=0.999643029365
			9'd255: out = 16'b0000000001111111; // input=7.96875, output=0.999654008397
		endcase
		end
	end
endmodule